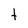
Character: t